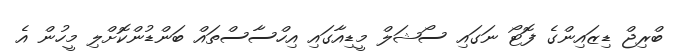
ބްރިޖް ޑިޒައިންގެ ފޮޓޯ ނަގައި ސޯޝަލް މީޑިއާގައި އިހްސާސްތައް ބަންޑުންކޮށްލި މީހުން އެ